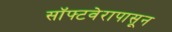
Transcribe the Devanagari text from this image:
सॉफ्टवेरापासून